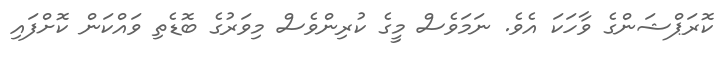
ކޮރަޕްޝަންގެ ވާހަކަ އެވެ. ނަމަވެސް މީގެ ކުރިންވެސް މިވަރުގެ ބޮޑެތި ވައްކަން ކޮށްފައި